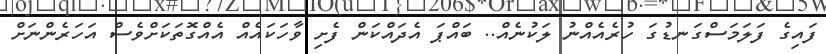
ފައިގެ ފަލަމަސްގަނޑުގަ ހުރެއެއްނު ލަކުނެއް.. ބައްޕަ އެދައްކަން ފެށި ވާހަކައެއް އެއްގޮތަކަށްވެސް އަހަރެންނަށް